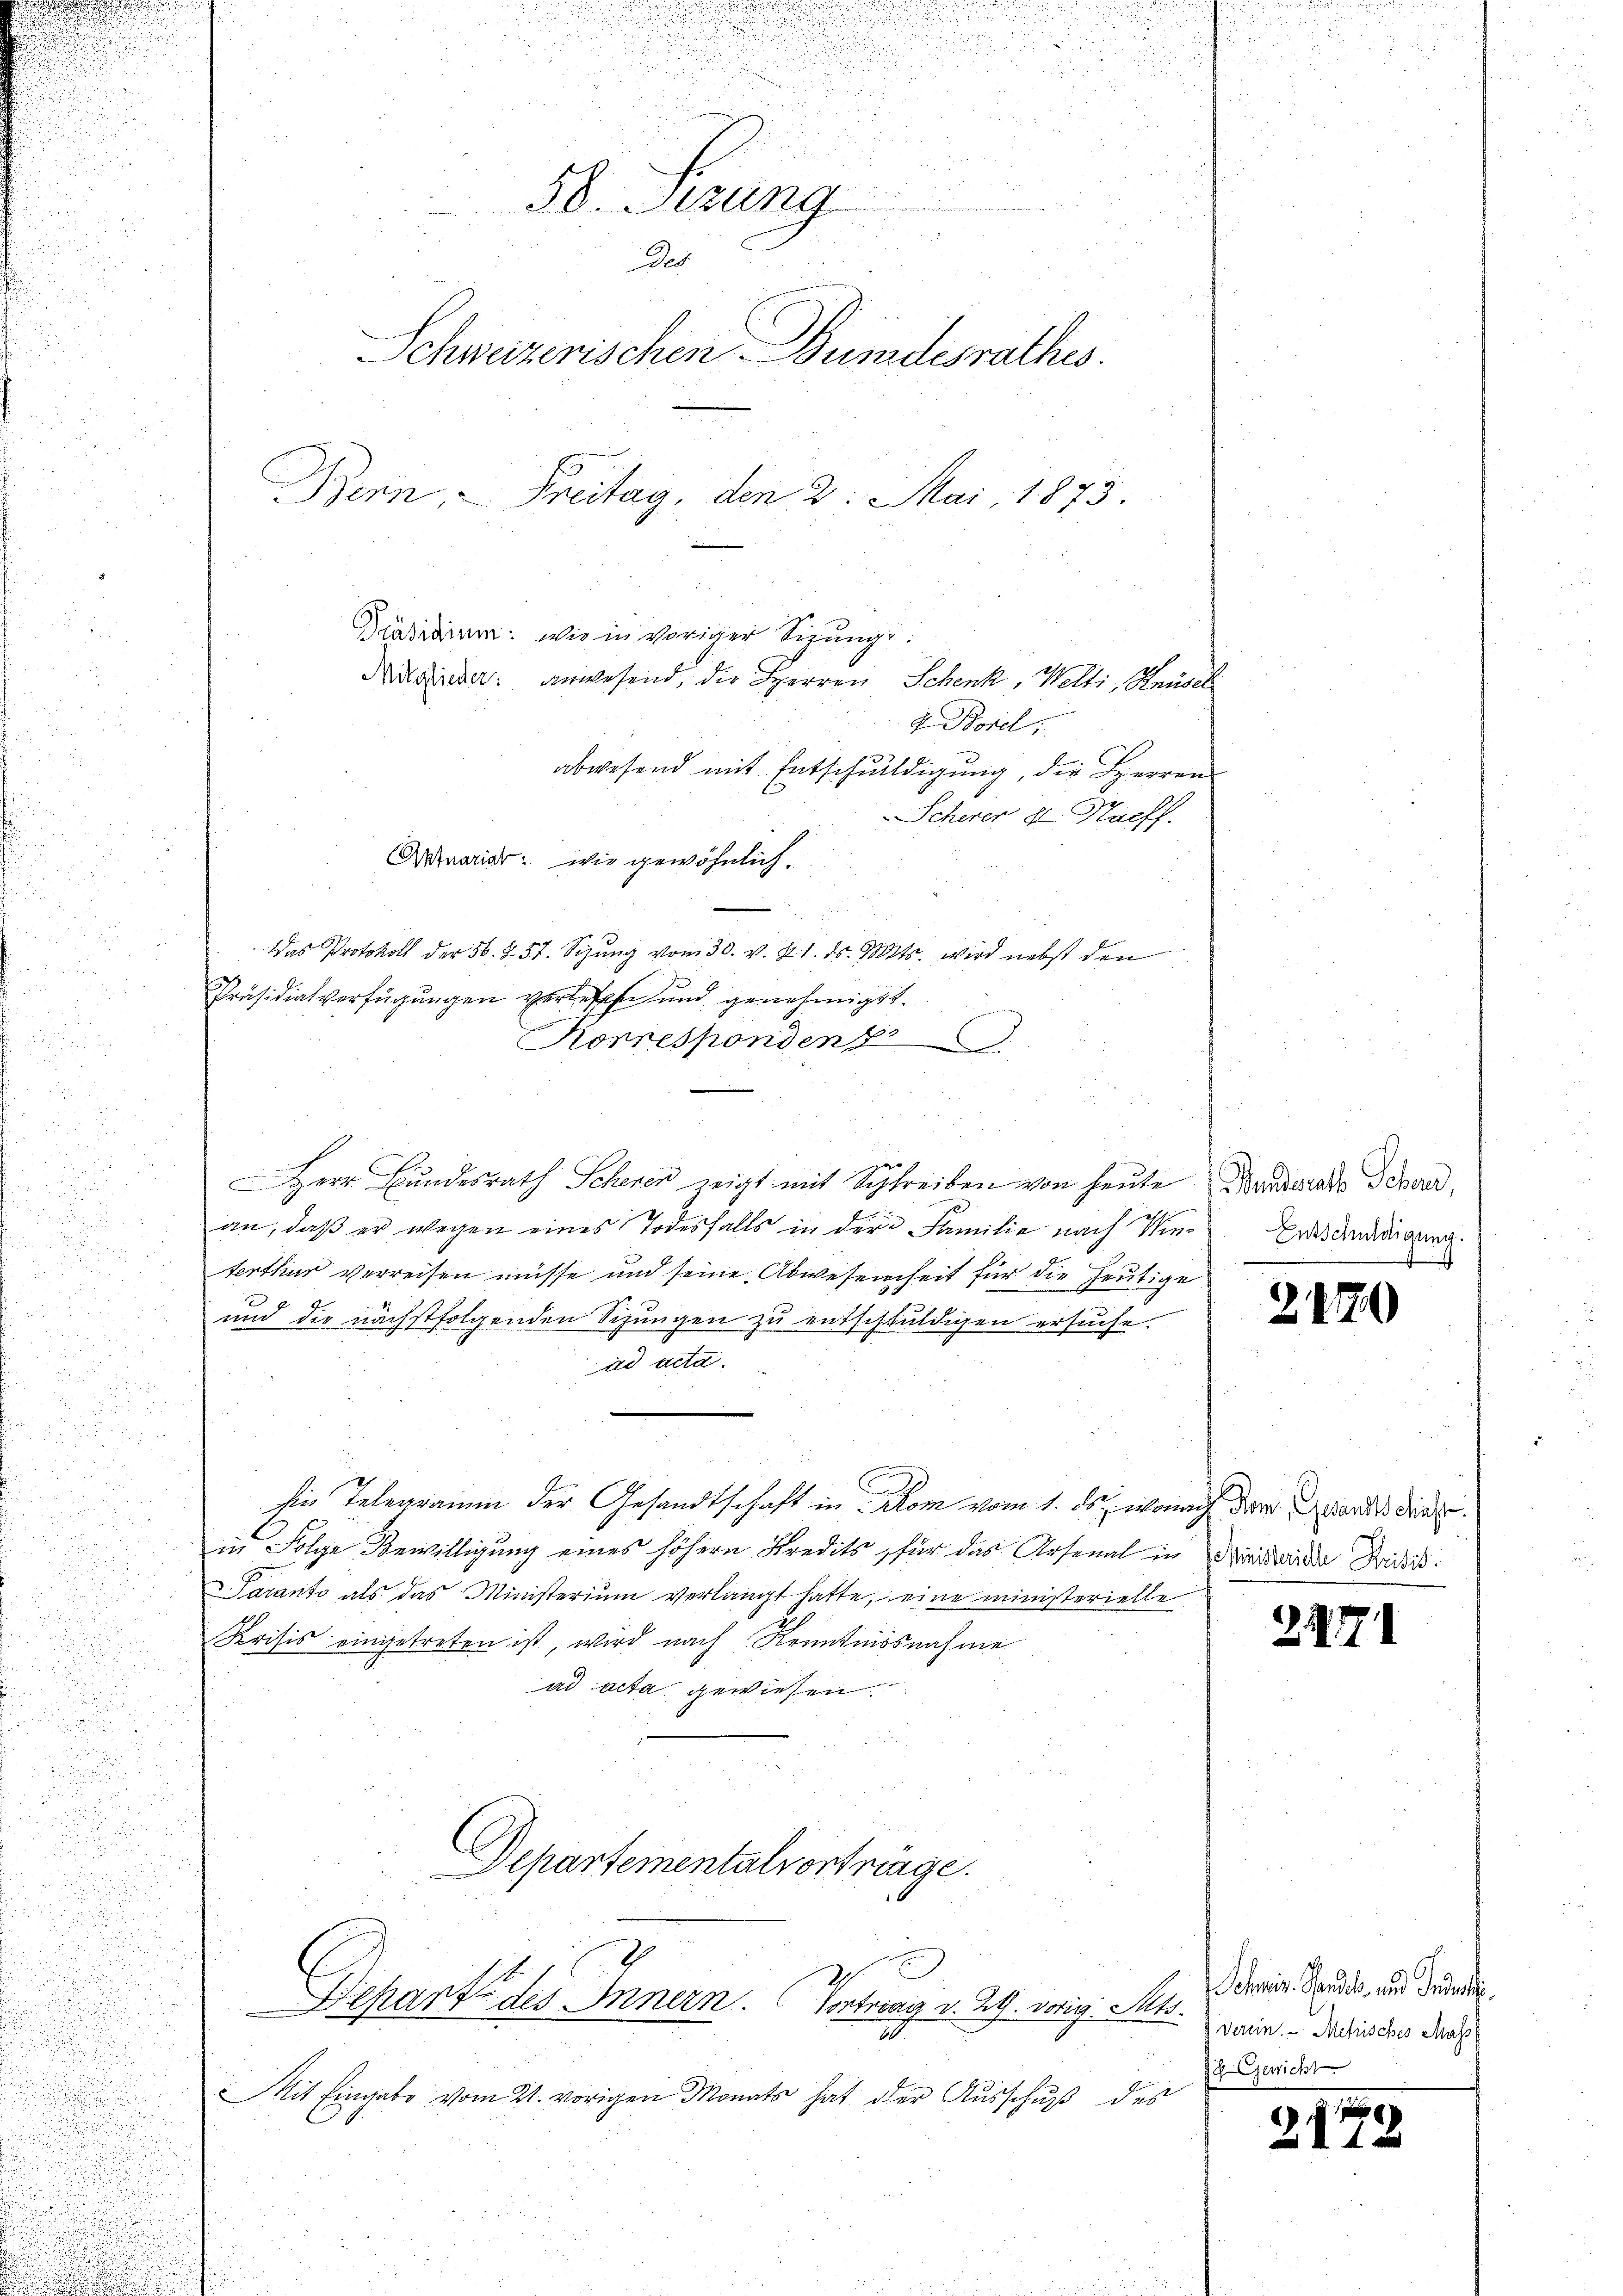
i
d

2
e
50. Sitzung
Des
Schweizerischen Bundesrathes.
enn, Freitag, den 2. Mai 1873.
Präsidium: wie in voriger Sirung
Ansieder: anwesend, die Herren Schenk, Welti, Knüsel
J. Borel,
abwesend mit Entschuldigung, die Herren

n
Das Protokoll der 56. 257. Sizung vom 30. v. J. 1. ds. Mts. wird nebst den
Präsidialverfügungen verlesen und genehmigt.
Korresponden p
Herr Bundesrath Scherer zeigt mit Schreiben von heute
an, daß er wegen eines Todesfalls in der Familie nach die Erbschnadigung.
terthur verreisen müsse und seine Abwesenheit für die heutige
und die nächstfolgenden Schungen zu entschuldigen ersuche.
ad acta.
sie Telegramm der Gesandtschaft in Blom vom 1. ds., wonach der andes dies
in Folge Bewilligung eines höhern Kredits für das Arsenal in Fridwinde Ries
Taranti als das Ministerium verlangt hatte, eine ministerielle
Krisis eingetreten ist, wird nach Kenntnisnahme
ad acta gewiesen.
Departementalvertrenge.

Scherer d. Haeff.
Atuarior: wie gewöhnlich.

Depart des Innern. (Vortrag v. 29. vorig. Mts.

2
Mit Eingabe vom 21. vorigen Monats hat der Ausschuß des

Bunderath Schend,
.

21779

2. 47

2179

1

Schweiz. Handel und Gedankte.
Verein. - Metrisches Mass
ch Gewicht

.